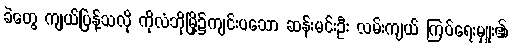
ခဲတွေ ကျယ်ပြန့်သလို ကိုလံဘိုမြို့၌ကျင်းပသော ဆန်းမင်းဦး လမ်းကျယ် ကြပ်ရေးမှူး၏